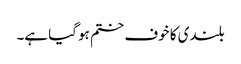
بلندی کا خوف ختم ہو گیا ہے۔